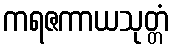
ကရဇကာယသုတ္တံ